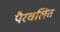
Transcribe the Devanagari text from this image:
पैरचलित